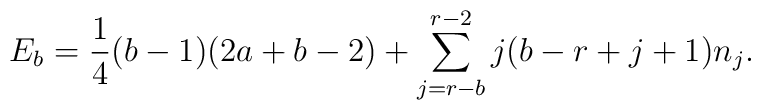
E_b=\frac{1}{4}(b-1)(2a+b-2) + \sum_{j=r-b}^{r-2}j(b-r+j+1) n_j.